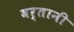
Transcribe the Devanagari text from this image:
बर्तानी